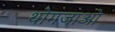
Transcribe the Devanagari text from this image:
थोगजाओ